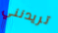
تريدنني